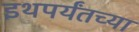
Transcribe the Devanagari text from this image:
इथपर्यंतच्या